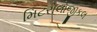
મિટરોલોજીકલ